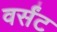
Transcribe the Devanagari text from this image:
वर्संट